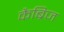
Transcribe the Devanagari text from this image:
कैब्रिज